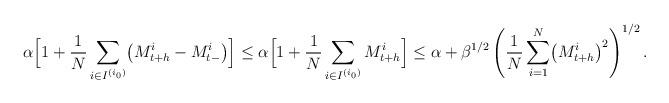
LaTeX: \begin{align*}\alpha\Bigl[1+\frac{1}{N}\sum_{i\in I^{(i_{0})}}\bigl(M_{t+h}^{i}-M_{t-}^{i}\bigr)\Bigr] & \leq\alpha\Bigl[1+\frac{1}{N}\sum_{i\in I^{(i_{0})}}M_{t+h}^{i}\Bigr] \leq\alpha+\beta^{1/2}\left(\frac{1}{N}\sum_{i=1}^{N}\bigl(M_{t+h}^{i}\bigr)^{2}\right)^{1/2}.\end{align*}